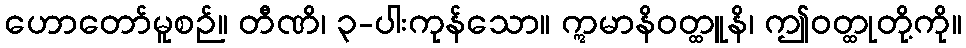
ဟောတော်မူစဉ်။ တီဏိ၊ ၃-ပါးကုန်သော။ ဣမာနိဝတ္ထူနိ၊ ဤဝတ္ထုတို့ကို။